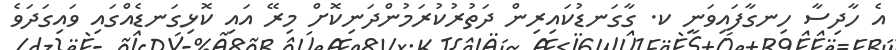
އެ ހާދިސާ ހިނގާފައިވަނީ ކ. ގާގަނޑުކައިރިން ދަތުރުކުރަމުންދަނިކޮށް މިރޭ އައި ކޮޅިގަނޑެއްގައި ވައިގަދަވެ